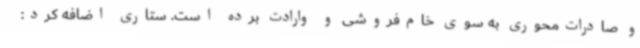
و صادرات‌محوری به سوی خام‌فروشی و وارادت برده است. ستاری اضافه کرد: